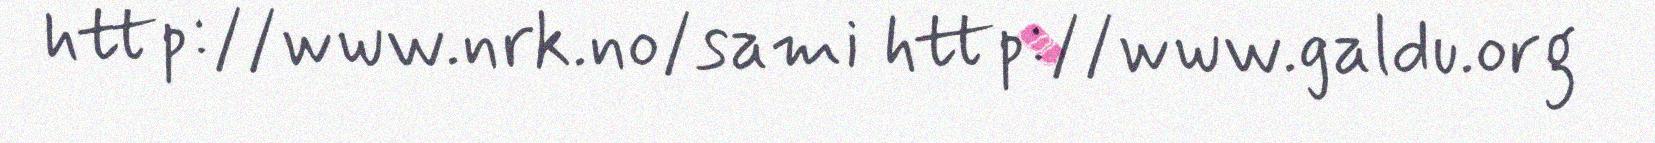
http://www.nrk.no/sami http://www.galdu.org